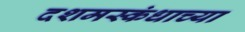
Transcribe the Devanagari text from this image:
दशमस्कंधाच्या